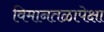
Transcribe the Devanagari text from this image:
विमानतळापेक्षा